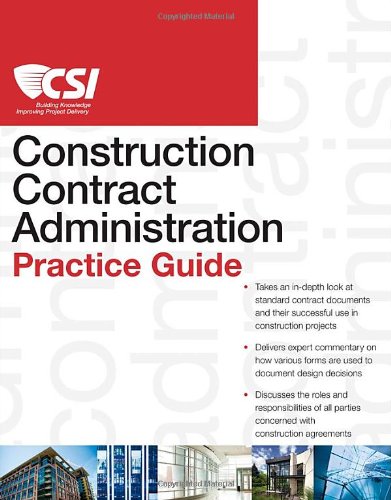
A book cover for The CSI Construction Contract Administration Practice Guide; Construction Specifications Institute; Arts & Photography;